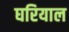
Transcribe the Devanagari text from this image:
घरियाल